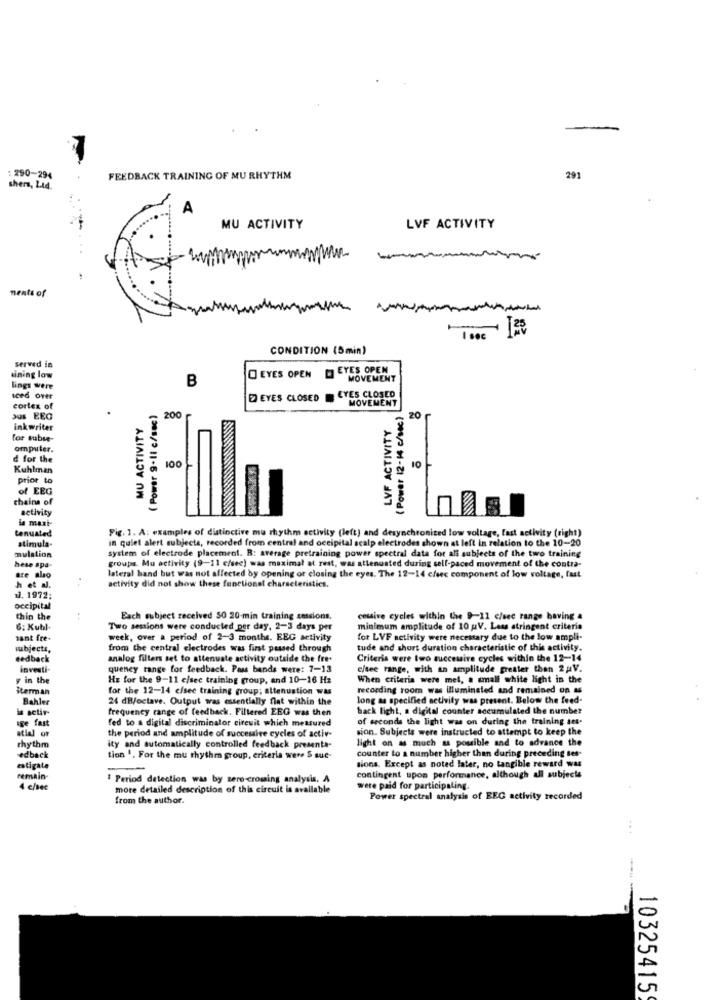
-
: 290-294
FEEDBACK TRAINING OF MU RHYTHM
291
shers, Ltd.
A
MU ACTIVITY
LVF ACTIVITY
ments of
CONDITION (5min)
served in
EYES OPEN
uining low
B
O EYES OPEN
MOVEMENT
lings were
EYES CLOSED
EYES CLOSED
MOVEMENT
cortex of
( Power 9-11 c/s8c)
( Power 12-14 c/sec)
aus EEG
MU ACTIVITY
200
LVF ACTIVITY
20
inkwriter
for subse-
omputer.
d for the
Kuhlman
100
prior to
of EEG
chains of
activity
ia maxi-
tenuated
Fig. 1. A: examples of distinctive mu rhythm activity (left) and desynchronized low voltage, fast setivity (right)
stimula-
in quiet alert subjects, recorded from central and occipital scalp electrodes shown at left in relation to the 10-20
mulation
system of electrode placement. R: average pretraining power spectral data for all subjects of the two training
groups. Mu activity (9-11 c/sec) was maximal at rest, was attenuated during self-paced movement of the contra-
hese spa-
are also
lateral band but was not affected by opening or closing the eyes. The 12-14 c/sec component of low voltage, fast
h et al.
activity did not show these functionel characteristics.
1. 1972;
occipital
thin the
Each subject received 50 20-min training sessions,
cessive cycles within the 9-11 c/sec range baving 4
6. Kubl.
Two sessions were conducted per day, 2-3 days per
minimum amplitude of 10 V. Less stringent criteria
sant fre-
week, over a period of 2-3 months. EEG activity
for LVF activity were necestary due to the low ampli-
subjects,
from the central electrodes was first passed through
tude and short duration characteristic of this activity.
eedback
analog fillers set to attenuate activity outside the fre-
Criteris were two successive cycles within the 12-14
investi-
quency tange for feedback. Pass bands were: 7-13
c/tee range, with an amplitude greater than 2 AV.
y in the
HE for the 9-11 c/sec training group, and 10-16 Hz
When criteria were mel, a small white light in the
iterman
for the 12-14 c/see training group; attenuation was
recording room was illuminated and remained on as
Bahler
24 dByoctave. Output was essentially flat within the
long as specified activity was present. Below the feed-
is actir-
frequency range of feedback. Filtered EEG was then
back light, a digital counter accumulated the number
ige fast
fed to a digital discriminator circuit which measured
of seconds the light was on during the training ses-
atial or
the period and amplitude of successive cycles of activ-
sion. Subjects were instructed to attempt to keep the
light on as much as possible and to advance the
rhythm
ity and automatically controlled feedback presenta-
counter to a number higher than during preceding ses-
edback
tion ". For the mu rhythm group, criteria were S suc-
sions. Except as noted later, no tangible reward was
estigata
--
remain-
1 Period detection was by sero-crossing analysis. A
contingent upon performance, although all subjects
4 c/sec
more detailed description of this circuit is available
were paid for participating.
from the author.
Power spectral analysis of EEG activity recorded
...
10325415